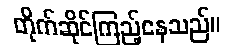
တိုက်ဆိုင်ကြည့်နေသည်။